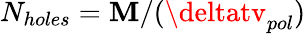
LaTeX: N_{holes}=\mathbf{M}/(\deltatv_{pol})